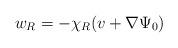
LaTeX: \begin{align*}w_R=-\chi_R(v+\nabla\Psi_0)\end{align*}